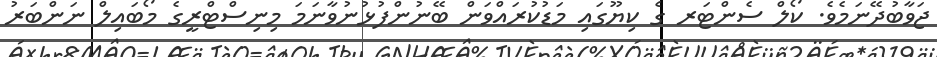
ޖަވާބުދޭނަމެވެ. ކޯލް ސެންޓަރ ގެ ކިޔޫގައި މަޑުކުރައްވަން ބޭނުންފުޅުނުވާނަމަ މިނިސްޓްރީގެ މޯބައިލް ނަންބަރު